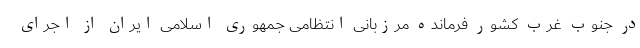
در جنوب غرب کشور فرمانده مرزبانی انتظامی جمهوری اسلامی ایران از اجرای